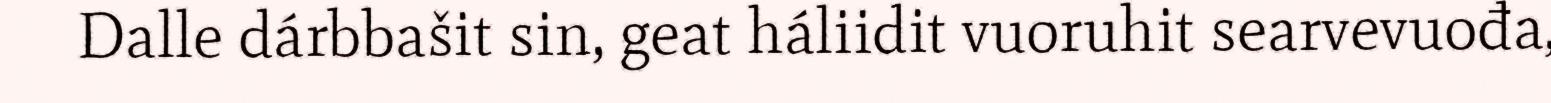
Dalle dárbbašit sin, geat háliidit vuoruhit searvevuođa,